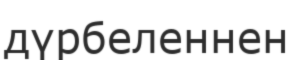
дүрбеленнен